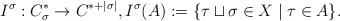
\begin{align*}I^\sigma : C^*_\sigma \rightarrow C^{*+|\sigma|}, I^\sigma(A) := \{\tau \sqcup \sigma \in X \;|\; \tau \in A \}.\end{align*}